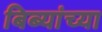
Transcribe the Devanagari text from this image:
बिब्यांच्या